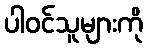
ပါဝင်သူများကို